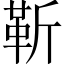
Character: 靳